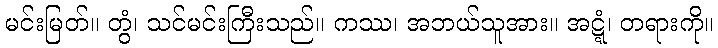
မင်းမြတ်။ တွံ၊ သင်မင်းကြီးသည်။ ကဿ၊ အဘယ်သူအား။ အဋ္ဋံ၊ တရားကို။